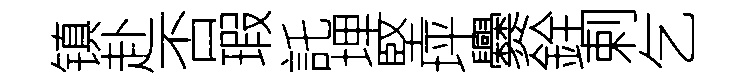
镇赴否瑕託埋堅坪爨銓剌乞